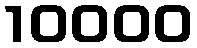
10000